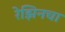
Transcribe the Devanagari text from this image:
रेझिनचा